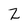
Character: 2